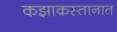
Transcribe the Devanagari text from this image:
कझाकस्तानात